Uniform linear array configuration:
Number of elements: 32
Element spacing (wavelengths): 1
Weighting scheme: exponential
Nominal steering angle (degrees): -30
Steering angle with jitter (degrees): -28.328
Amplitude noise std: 0.05
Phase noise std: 0.05

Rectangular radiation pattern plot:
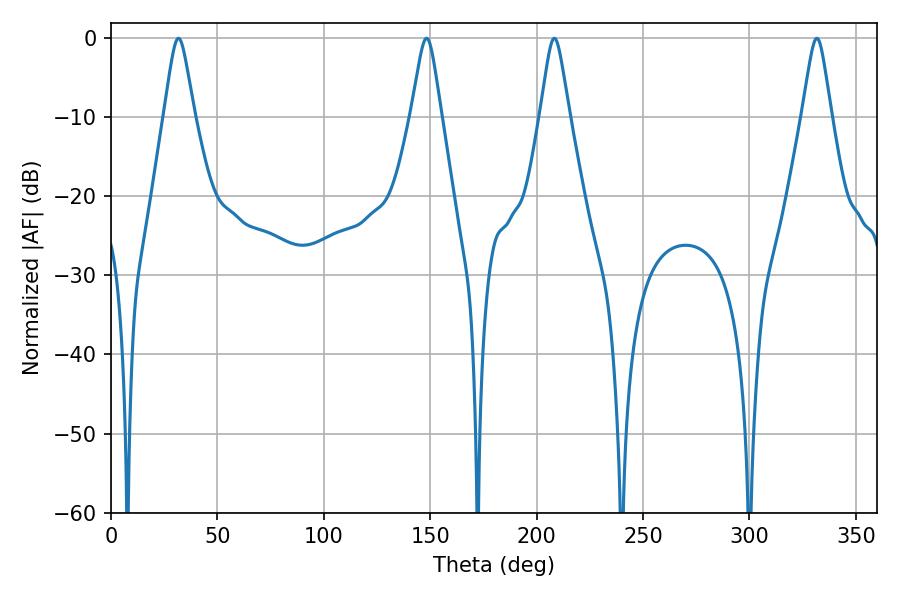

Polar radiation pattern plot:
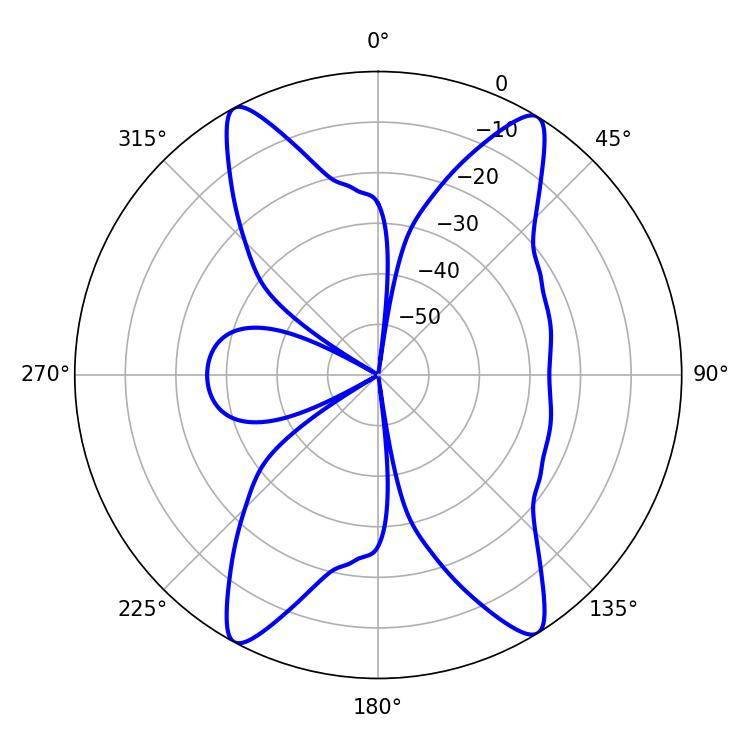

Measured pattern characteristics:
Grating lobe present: TRUE
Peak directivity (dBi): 19.148
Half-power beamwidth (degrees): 6.66
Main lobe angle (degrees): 31.68